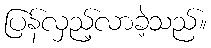
ပြန်လှည့်လာခဲ့သည်။